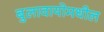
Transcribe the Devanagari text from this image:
बुलावायोमधील